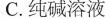
C.纯碱溶液